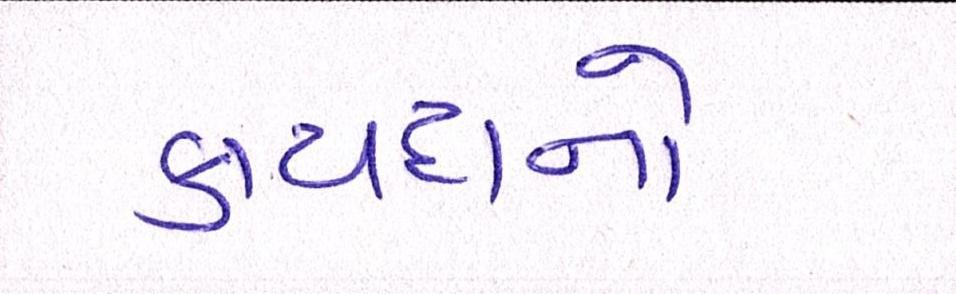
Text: કાયદાનો